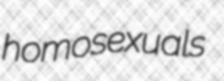
homosexuals